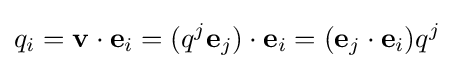
q_{i}=\mathbf {v} \cdot \mathbf {e} _{i}=(q^{j}\mathbf {e} _{j})\cdot \mathbf {e} _{i}=(\mathbf {e} _{j}\cdot \mathbf {e} _{i})q^{j}